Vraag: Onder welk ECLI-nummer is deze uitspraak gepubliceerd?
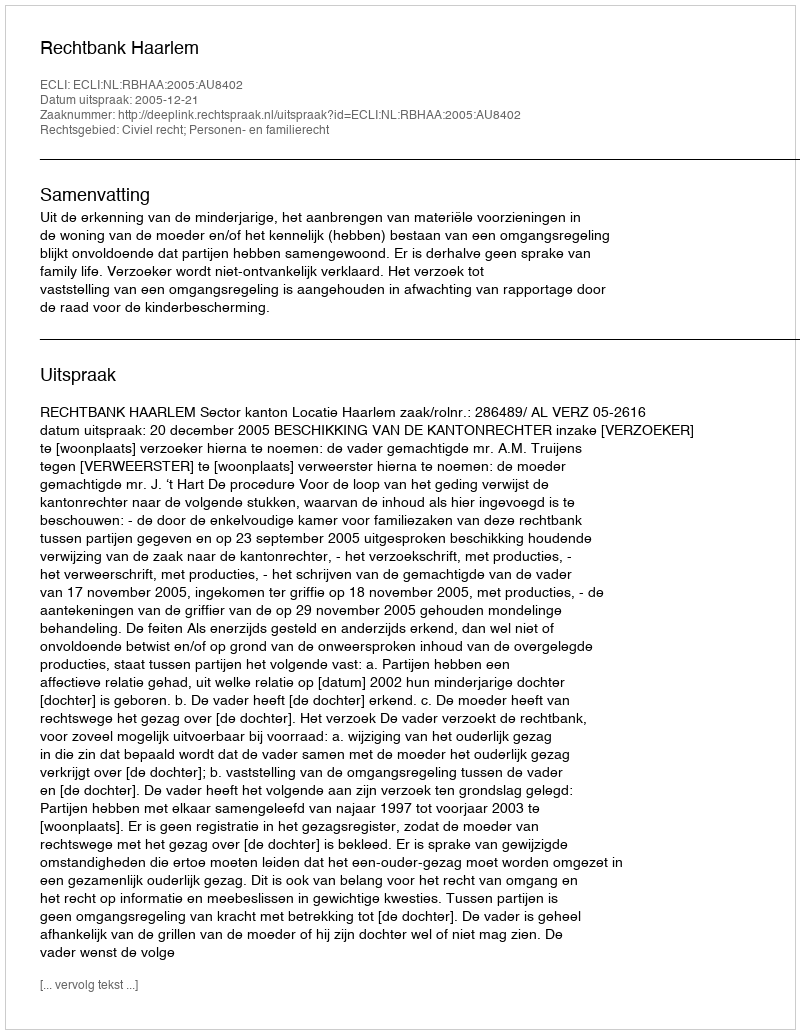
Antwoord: ECLI:NL:RBHAA:2005:AU8402